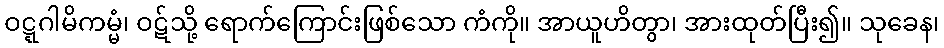
ဝဋ္ဋဂါမိကမ္မံ၊ ဝဋ်သို့ ရောက်ကြောင်းဖြစ်သော ကံကို။ အာယူဟိတွာ၊ အားထုတ်ပြီး၍။ သုခေန၊